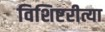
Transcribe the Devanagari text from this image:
विशिष्टरीत्या